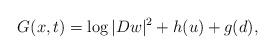
LaTeX: \begin{align*} G(x,t) = \log |D w|^2 +h(u) + g(d),\end{align*}